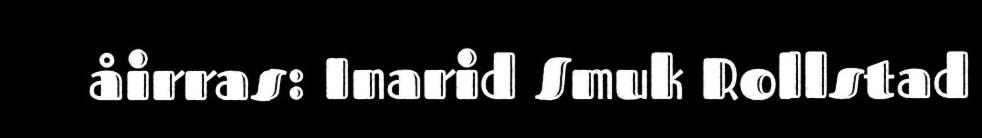
åirras: Inarid Smuk Rollstad